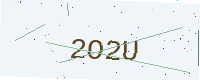
Text: 2O2U